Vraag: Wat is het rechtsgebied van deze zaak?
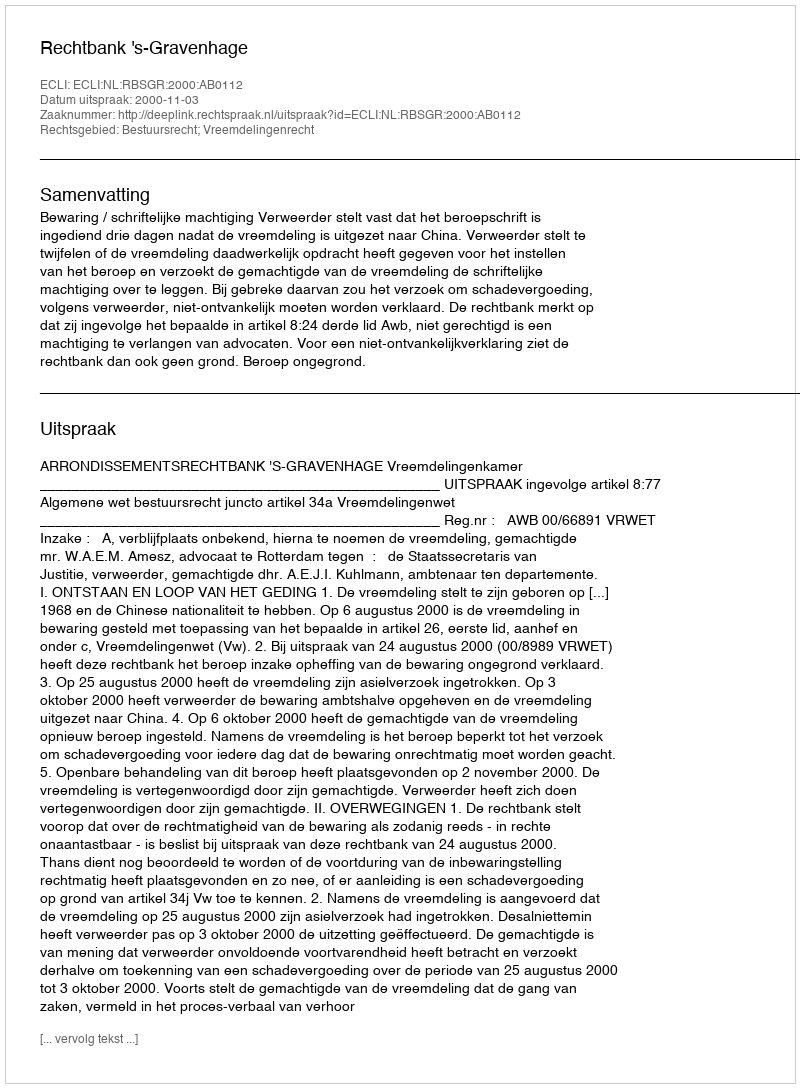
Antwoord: Bestuursrecht; Vreemdelingenrecht